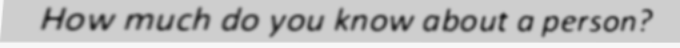
How much do you know about a person?